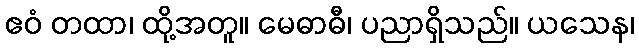
ဧဝံ တထာ၊ ထို့အတူ။ မေဓာဓီ၊ ပညာရှိသည်။ ယသေန၊